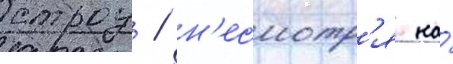
строу / н'есмотр'я на́